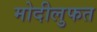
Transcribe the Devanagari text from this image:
मोदीलुफत